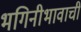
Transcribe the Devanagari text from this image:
भगिनीभावाची